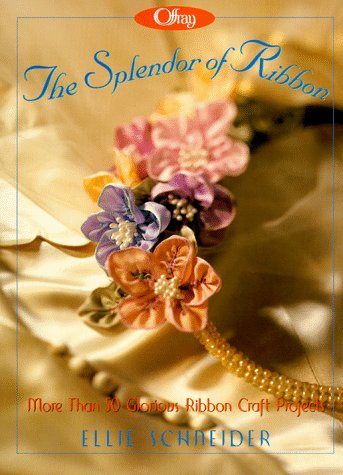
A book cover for Offray, the Splendor of Ribbon: More Than 50 Glorious Ribbon Craft Projects; Ellie Schneider; Crafts, Hobbies & Home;